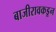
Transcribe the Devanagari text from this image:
बाजीरावकडून